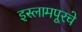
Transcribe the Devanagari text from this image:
इस्लामपूरचे